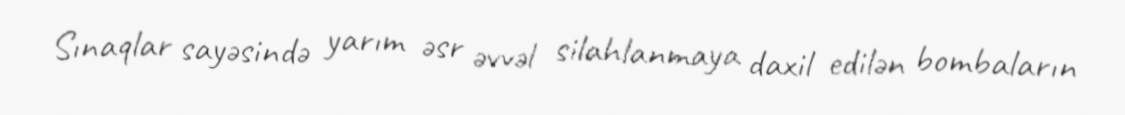
Sınaqlar sayəsində yarım əsr əvvəl silahlanmaya daxil edilən bombaların